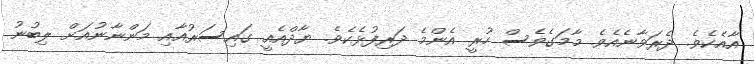
އާއެކެވެ. ދެރަވާނެއެވެ. މާމަގެވެސް ހުރީ އެންމެ ދަރިފުޅެކެވެ. ޔާދްއެއީ ގައިސަރުއާއި މަންނާނުއަށް ލިބުނު